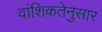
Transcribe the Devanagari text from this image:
वांशिकतेनुसार